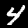
Label: 4